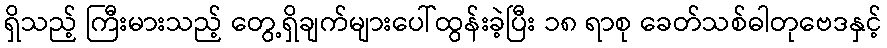
ရှိသည့် ကြီးမားသည့် တွေ့ရှိချက်များပေါ်ထွန်းခဲ့ပြီး ၁၈ ရာစု ခေတ်သစ်ဓါတုဗေဒနှင့်